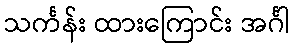
သင်္ကန်း ထားကြောင်း အင်္ဂါ